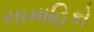
સામાહિકો